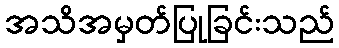
အသိအမှတ်ပြုခြင်းသည်